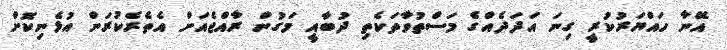
އޭނާ ހައްޔަރުކުރީ ގިނަ އަދަދެއްގެ މަސްތުވާތަކެތި ދުބާއީ މަގުން ރާއްޖެއަށް އެތެރެކުރަން އުޅެނިކޮށް